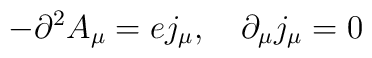
-\partial^2 A_{\mu}=e j_{\mu} , \quad \partial_{\mu}j_{\mu}=0